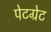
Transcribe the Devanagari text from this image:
पेटग्रेट